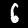
Label: 6